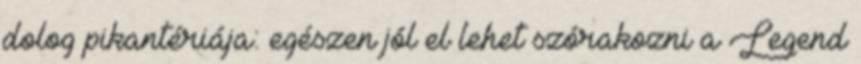
dolog pikantériája: egészen jól el lehet szórakozni a Legend